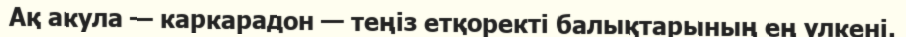
Ақ акула — каркарадон — теңіз етқоректі балықтарының ең үлкені.